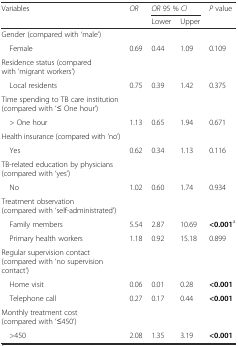
<table><thead><tr><td><b>Variables</b></td><td><b><i>OR</i></b></td><td colspan="2"><b><i>OR</i> 95 % <i>CI</i></b></td><td><b><i>P</i> value</b></td></tr><tr><td></td><td></td><td><b>Lower</b></td><td><b>Upper</b></td><td></td></tr></thead><tbody><tr><td>Gender (compared with ‘male’)</td><td></td><td></td><td></td><td></td></tr><tr><td> Female</td><td>0.69</td><td>0.44</td><td>1.09</td><td>0.109</td></tr><tr><td>Residence status (compared with ‘migrant workers’)</td><td></td><td></td><td></td><td></td></tr><tr><td> Local residents</td><td>0.75</td><td>0.39</td><td>1.42</td><td>0.375</td></tr><tr><td>Time spending to TB care institution (compared with ‘≤ One hour’)</td><td></td><td></td><td></td><td></td></tr><tr><td> &gt; One hour</td><td>1.13</td><td>0.65</td><td>1.94</td><td>0.671</td></tr><tr><td>Health insurance (compared with ‘no’)</td><td></td><td></td><td></td><td></td></tr><tr><td> Yes</td><td>0.62</td><td>0.34</td><td>1.13</td><td>0.116</td></tr><tr><td>TB-related education by physicians (compared with ‘yes’)</td><td></td><td></td><td></td><td></td></tr><tr><td> No</td><td>1.02</td><td>0.60</td><td>1.74</td><td>0.934</td></tr><tr><td>Treatment observation (compared with ‘self-administrated’)</td><td></td><td></td><td></td><td></td></tr><tr><td> Family members</td><td>5.54</td><td>2.87</td><td>10.69</td><td><b>&lt;0.001</b><sup>a</sup></td></tr><tr><td> Primary health workers</td><td>1.18</td><td>0.92</td><td>15.18</td><td>0.899</td></tr><tr><td>Regular supervision contact (compared with ‘no supervision contact’)</td><td></td><td></td><td></td><td></td></tr><tr><td> Home visit</td><td>0.06</td><td>0.01</td><td>0.28</td><td><b>&lt;0.001</b></td></tr><tr><td> Telephone call</td><td>0.27</td><td>0.17</td><td>0.44</td><td><b>&lt;0.001</b></td></tr><tr><td>Monthly treatment cost (compared with ‘≤450’)</td><td></td><td></td><td></td><td></td></tr><tr><td> &gt;450</td><td>2.08</td><td>1.35</td><td>3.19</td><td><b>&lt;0.001</b></td></tr></tbody></table>